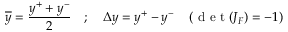
\overline { { y } } = \frac { y ^ { + } + y ^ { - } } { 2 } \quad ; \quad \Delta y = y ^ { + } - y ^ { - } \quad \left( \mathrm { ~ d ~ e ~ t ~ } ( J _ { F } ) = - 1 \right)